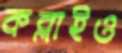
কব্‌লাইও